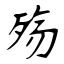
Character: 殇